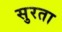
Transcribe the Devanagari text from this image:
सुरता